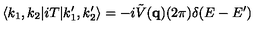
\langle k _ { 1 } , k _ { 2 } | i T | k _ { 1 } ^ { \prime } , k _ { 2 } ^ { \prime } \rangle = - i \tilde { V } ( { \bf q } ) ( 2 \pi ) \delta ( E - E ^ { \prime } )